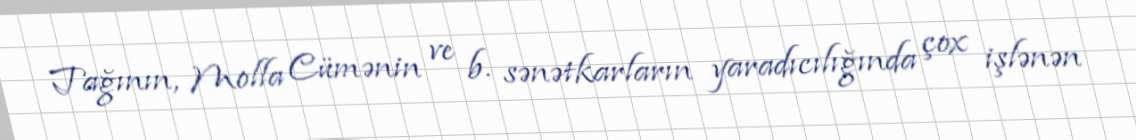
Tağının, Molla Cümənin ve b. sənətkarların yaradıcılığında çox işlənən